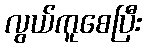
လွယ်ကူစေပြီး